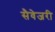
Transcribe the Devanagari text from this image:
सैवेजरी